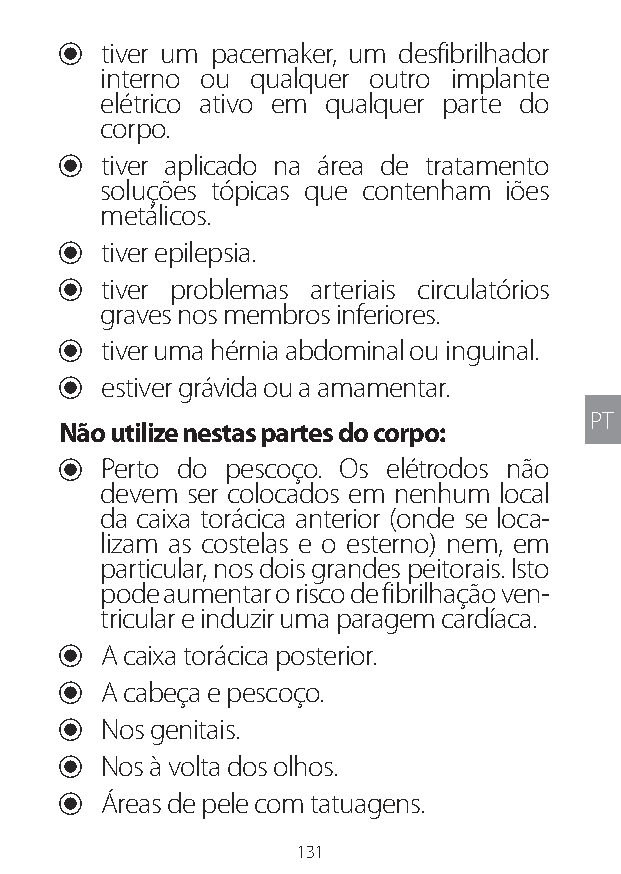
U tiver um pacemaker, um desfibrilhador
 interno ou qualquer outro implante
 elétrico ativo em qualquer parte do
 corpo.
 U tiver aplicado na área de tratamento
 soluções tópicas que contenham iões
 metálicos.
 U tiver epilepsia.
 U tiver problemas arteriais circulatórios
 graves nos membros inferiores.
 U tiver uma hérnia abdominal ou inguinal.
 U estiver grávida ou a amamentar.
 PT
 Não utilize nestas partes do corpo:
 U Perto do pescoço. Os elétrodos não
 devem ser colocados em nenhum local
 da caixa torácica anterior (onde se loca-
 lizam as costelas e o esterno) nem, em
 particular, nos dois grandes peitorais. Isto
 pode aumentar o risco de fibrilhação ven-
 tricular e induzir uma paragem cardíaca.
 U A caixa torácica posterior.
 U A cabeça e pescoço.
 U Nos genitais.
 U Nos à volta dos olhos.
 U Áreas de pele com tatuagens.
 131
 Lipo UM EU124 3545B inside ALL EU124 ED296-24 release.indd 131 14/08/2018 10:57:40